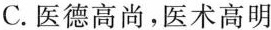
C. 医德高尚，医术高明